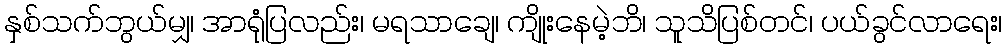
နှစ်သက်ဘွယ်မျှ၊ အာရုံပြလည်း၊ မရသာချေ၊ ကျိုးနေမဲ့ဘိ၊ သူသိပြစ်တင်၊ ပယ်ခွင်လာရေး၊